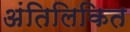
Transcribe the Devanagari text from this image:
अंतिलिकित